Annual administration and progress report of the Indian Medical Department, Bombay
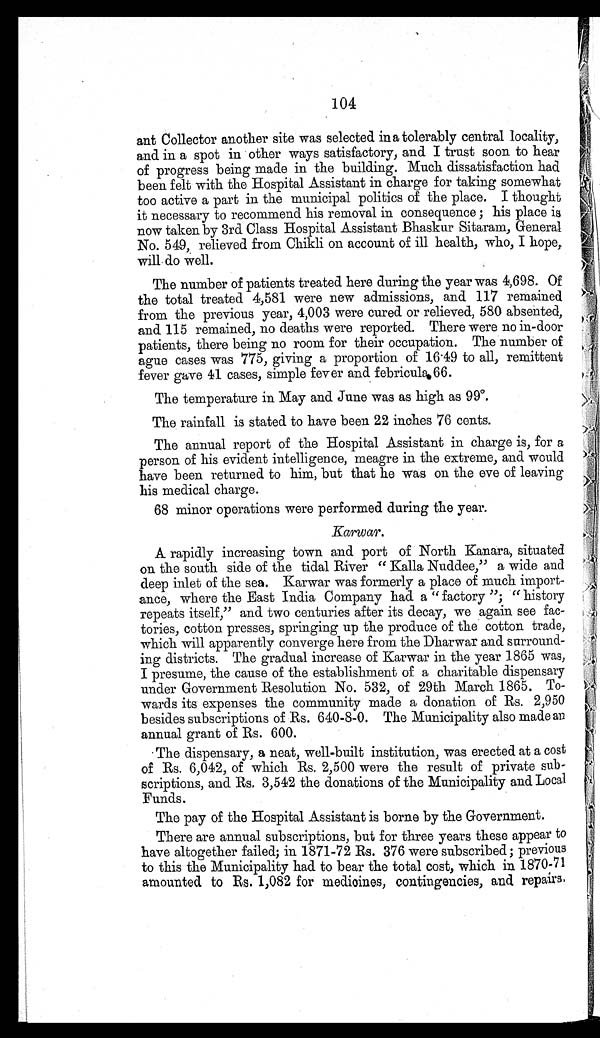
104
ant Collector another site was selected in a tolerably central locality,
and in a spot in other ways satisfactory, and I trust soon to hear
of progress being made in the building. Much dissatisfaction had
been felt with the Hospital Assistant in charge for taking somewhat
too active a part in the municipal politics of the place. I thought
it necessary to recommend his removal in consequence; his place is
now taken by 3rd Class Hospital Assistant Bhaskur Sitaram, General
No. 549, relieved from Chikli on account of ill health, who, I hope,
will do well.
The number of patients treated here during the year was 4,698. Of
the total treated 4,581 were new admissions, and 117 remained
from the previous year, 4,003 were cured or relieved, 580 absented,
and 115 remained, no deaths were reported. There were no in-door
patients, there being no room for their occupation. The number of
ague cases was 775, giving a proportion of 16.49 to all, remittent
fever gave 41 cases, simple fever and febricula.66.
The temperature in May and June was as high as 99º.
The rainfall is stated to have been 22 inches 76 cents.
The annual report of the Hospital Assistant in charge is, for a
person of his evident intelligence, meagre in the extreme, and would
have been returned to him, but that he was on the eve of leaving
his medical charge.
68 minor operations were performed during the year.
Karwar.
A rapidly increasing town and port of North Kanara, situated
on the south side of the tidal River "Kalla Nuddee," a wide and
deep inlet of the sea. Karwar was formerly a place of much import-
ance, where the East India Company had a "factory"; "history
repeats itself," and two centuries after its decay, we again see fac-
tories, cotton presses, springing up the produce of the cotton trade,
which will apparently converge here from the Dharwar and surround-
ing districts. The gradual increase of Karwar in the year 1865 was,
I presume, the cause of the establishment of a charitable dispensary
under Government Resolution No. 532, of 29th March 1865. To-
wards its expenses the community made a donation of Rs. 2,950
besides subscriptions of Rs. 640-8-0. The Municipality also made an
annual grant of Rs. 600.
The dispensary, a neat, well-built institution, was erected at a cost
of Rs. 6,042, of which Rs. 2,500 were the result of private sub-
scriptions, and Rs. 3,542 the donations of the Municipality and Local
Funds.
The pay of the Hospital Assistant is borne by the Government.
There are annual subscriptions, but for three years these appear to
have altogether failed; in 1871-72 Rs. 376 were subscribed; previous
to this the Municipality had to bear the total cost, which in 1870-71
amounted to Rs. 1,082 for medicines, contingencies, and repairs,